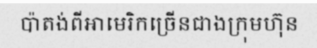
ប៉ាតង់ពីអាមេរិកច្រើនជាងក្រុមហ៊ុន